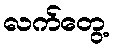
လက်တွေ့